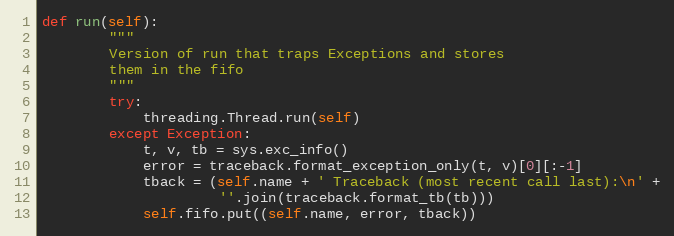
Language: Python
def run(self):
        """
        Version of run that traps Exceptions and stores
        them in the fifo
        """
        try:
            threading.Thread.run(self)
        except Exception:
            t, v, tb = sys.exc_info()
            error = traceback.format_exception_only(t, v)[0][:-1]
            tback = (self.name + ' Traceback (most recent call last):\n' +
                     ''.join(traceback.format_tb(tb)))
            self.fifo.put((self.name, error, tback))